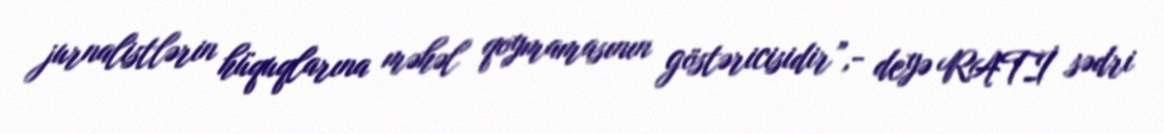
jurnalistlərin hüquqlarına məhəl qoymamasının göstəricisidir”,- deyə RATİ sədri